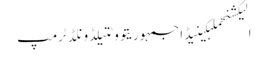
الیکشنحملہکینیڈاجمہوریتووٹتیلڈونلڈ ٹرمپ